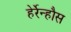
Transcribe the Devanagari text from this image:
हेर्रेन्हौस